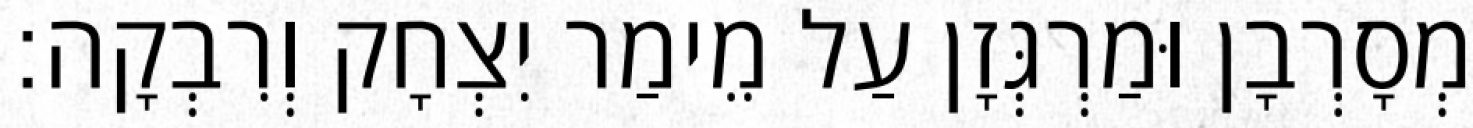
מְסָרְבָן וּמַרְגְּזָן עַל מֵימַר יִצְחָק וְרִבְקָה׃